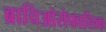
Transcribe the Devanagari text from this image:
ब्राचिओसेफालिक